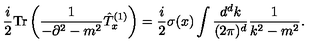
\frac { i } { 2 } \mathrm { T r } \left( \frac { 1 } { - \partial ^ { 2 } - m ^ { 2 } } \hat { T } _ { x } ^ { ( 1 ) } \right) = \frac { i } { 2 } \sigma ( x ) \int \frac { d ^ { d } k } { ( 2 \pi ) ^ { d } } \frac { 1 } { k ^ { 2 } - m ^ { 2 } } .